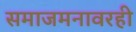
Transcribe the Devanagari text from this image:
समाजमनावरही